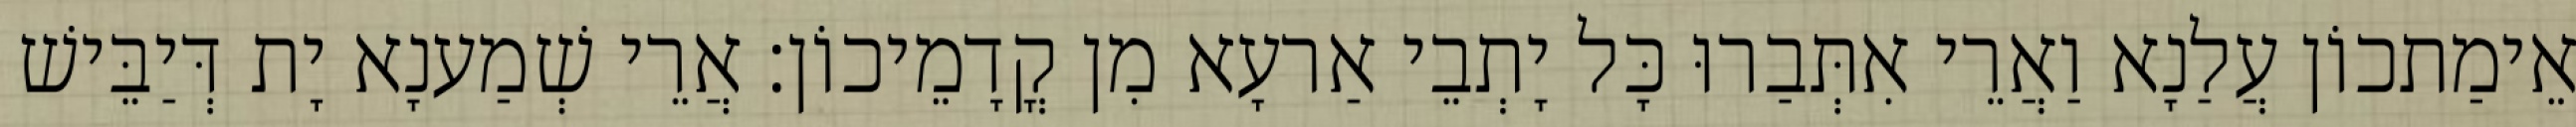
אֵימַתכוֹן עֲלַנָא וַאֲרֵי אִתְּבַרוּ כָּל יָתְבֵי אַרעָא מִן קֳדָמֵיכוֹן׃ אֲרֵי שְׁמַענָא יָת דְּיַבֵּישׁ